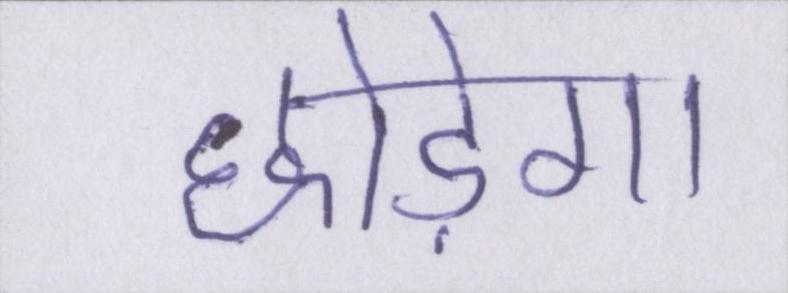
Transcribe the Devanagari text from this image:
छोड़ेगा